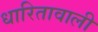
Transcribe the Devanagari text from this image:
धारितावाली